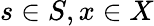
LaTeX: s\in S,x\in X